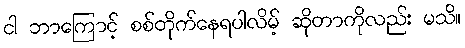
ငါ ဘာကြောင့် စစ်တိုက်နေရပါလိမ့် ဆိုတာကိုလည်း မသိ။